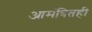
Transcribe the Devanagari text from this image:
आमंत्रितही